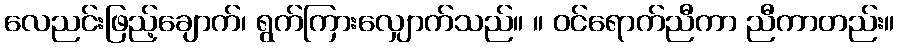
လေညင်းဖြည့်ချောက်၊ ရွက်ကြားလျှောက်သည်။ ။ ဝင်ရောက်ညီကာ ညီကာတည်း။